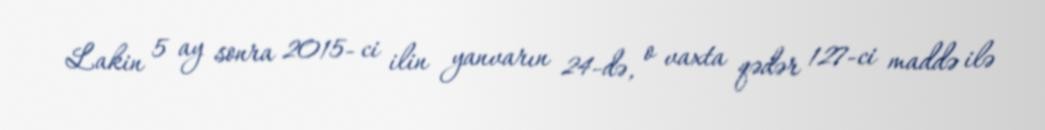
Lakin 5 ay sonra 2015- ci ilin yanvarın 24-də, o vaxta qədər 127-ci maddə ilə